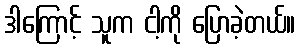
ဒါကြောင့် သူက ငါ့ကို ပြောခဲ့တယ်။